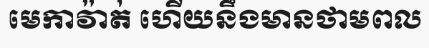
មេកាវ៉ាត់ ហើយនឹងមានថាមពល